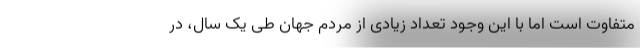
متفاوت است اما با این وجود تعداد زیادی از مردم جهان طی یک سال، در